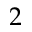
2